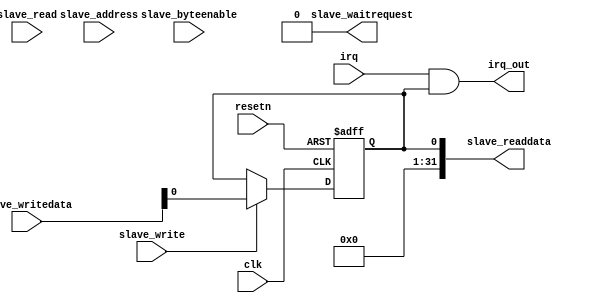
module irq_ena
(
   input         clk,
   input         resetn,
   input         irq,

   input         slave_address, 
   input  [31:0] slave_writedata,
   input  	 slave_read,
   input         slave_write,
   input  [3:0]  slave_byteenable,
   output [31:0] slave_readdata,
   output        slave_waitrequest,

   output        irq_out
);

reg ena_state;

initial   
    ena_state <= 1'b1;
always@(posedge clk or negedge resetn)
  if (!resetn)
    ena_state <= 1'b1;
  else if (slave_write)
    ena_state <= slave_writedata[0];

assign irq_out = irq & ena_state;

assign slave_waitrequest = 1'b0;
assign slave_readdata[0] = ena_state;
assign slave_readdata[31:1] = 31'b0;
  
endmodule